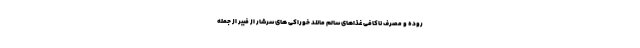
روده و مصرف ناکافی غذاهای سالم مانند خوراکی های سرشار از فیبر از جمله